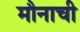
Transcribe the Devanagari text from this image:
मौनाची